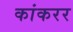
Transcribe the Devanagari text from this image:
कांकरर